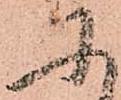
に